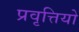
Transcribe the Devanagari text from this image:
प्रवृत्तियो